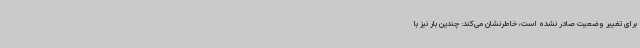
برای تغییر وضعیت صادر نشده است، خاطرنشان می‌کند: چندین بار نیز با